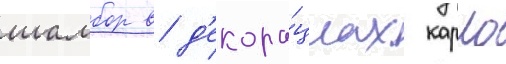
шамбор в д'екора́циах карло